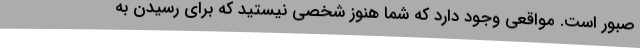
صبور است. مواقعی وجود دارد که شما هنوز شخصی نیستید که برای رسیدن به